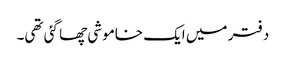
دفتر میں ایک خاموشی چھا گئی تھی۔